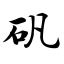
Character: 矾